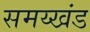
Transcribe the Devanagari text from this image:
समय्खंड